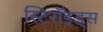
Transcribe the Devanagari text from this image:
स्टिरॉइड्स